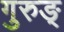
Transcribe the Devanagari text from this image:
गुरुङ्